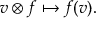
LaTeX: v \otimes f \mapsto f ( v ) .